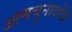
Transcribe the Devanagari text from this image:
आमचुनावोंके